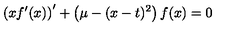
\left( x f ^ { \prime } ( x ) \right) ^ { \prime } + \left( \mu - ( x - t ) ^ { 2 } \right) f ( x ) = 0